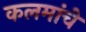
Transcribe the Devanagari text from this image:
कलमांचे